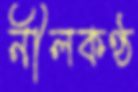
নীলকণ্ঠ